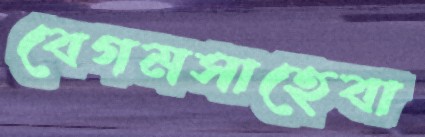
বেগমসাহেবা